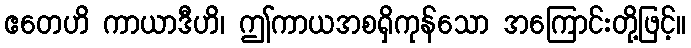
ဧတေဟိ ကာယာဒီဟိ၊ ဤကာယအစရှိကုန်သော အကြောင်းတို့ဖြင့်။